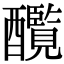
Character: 𨣸